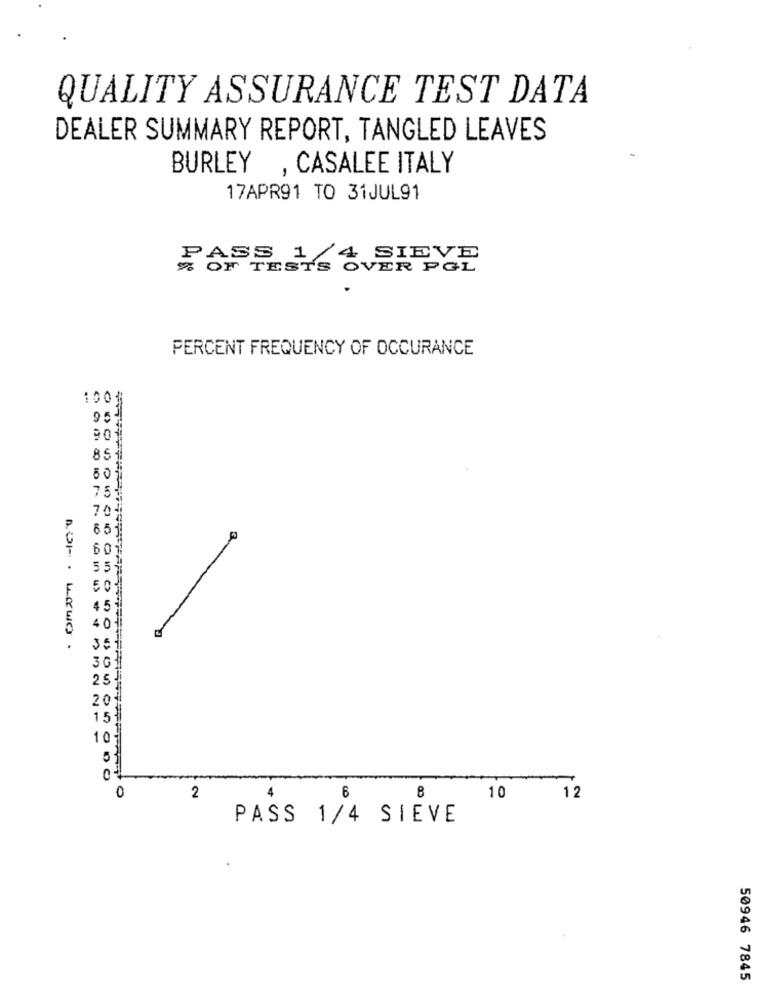
QUALITY ASSURANCE TEST DATA
DEALER SUMMARY REPORT, TANGLED LEAVES
BURLEY , CASALEE ITALY
17APR91 TO 31JUL91
FASS 1/4 SIEVE
TESTS OVER PGL
.
PERCENT FREQUENCY OF OCCURANCE
100
95
90
85
7.5
70
65
60
1225000
0
6
2
4
10
12
PASS 1/4 SIEVE
50946 7845